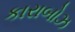
કારાબોઝ